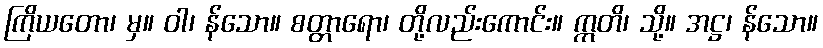
ကြိယတော၊ မှ။ ဝါ၊ န်သော။ စတ္တာရော၊ တို့လည်းကောင်း။ ဣတိ၊ သို့။ အဋ္ဌ၊ န်သော။